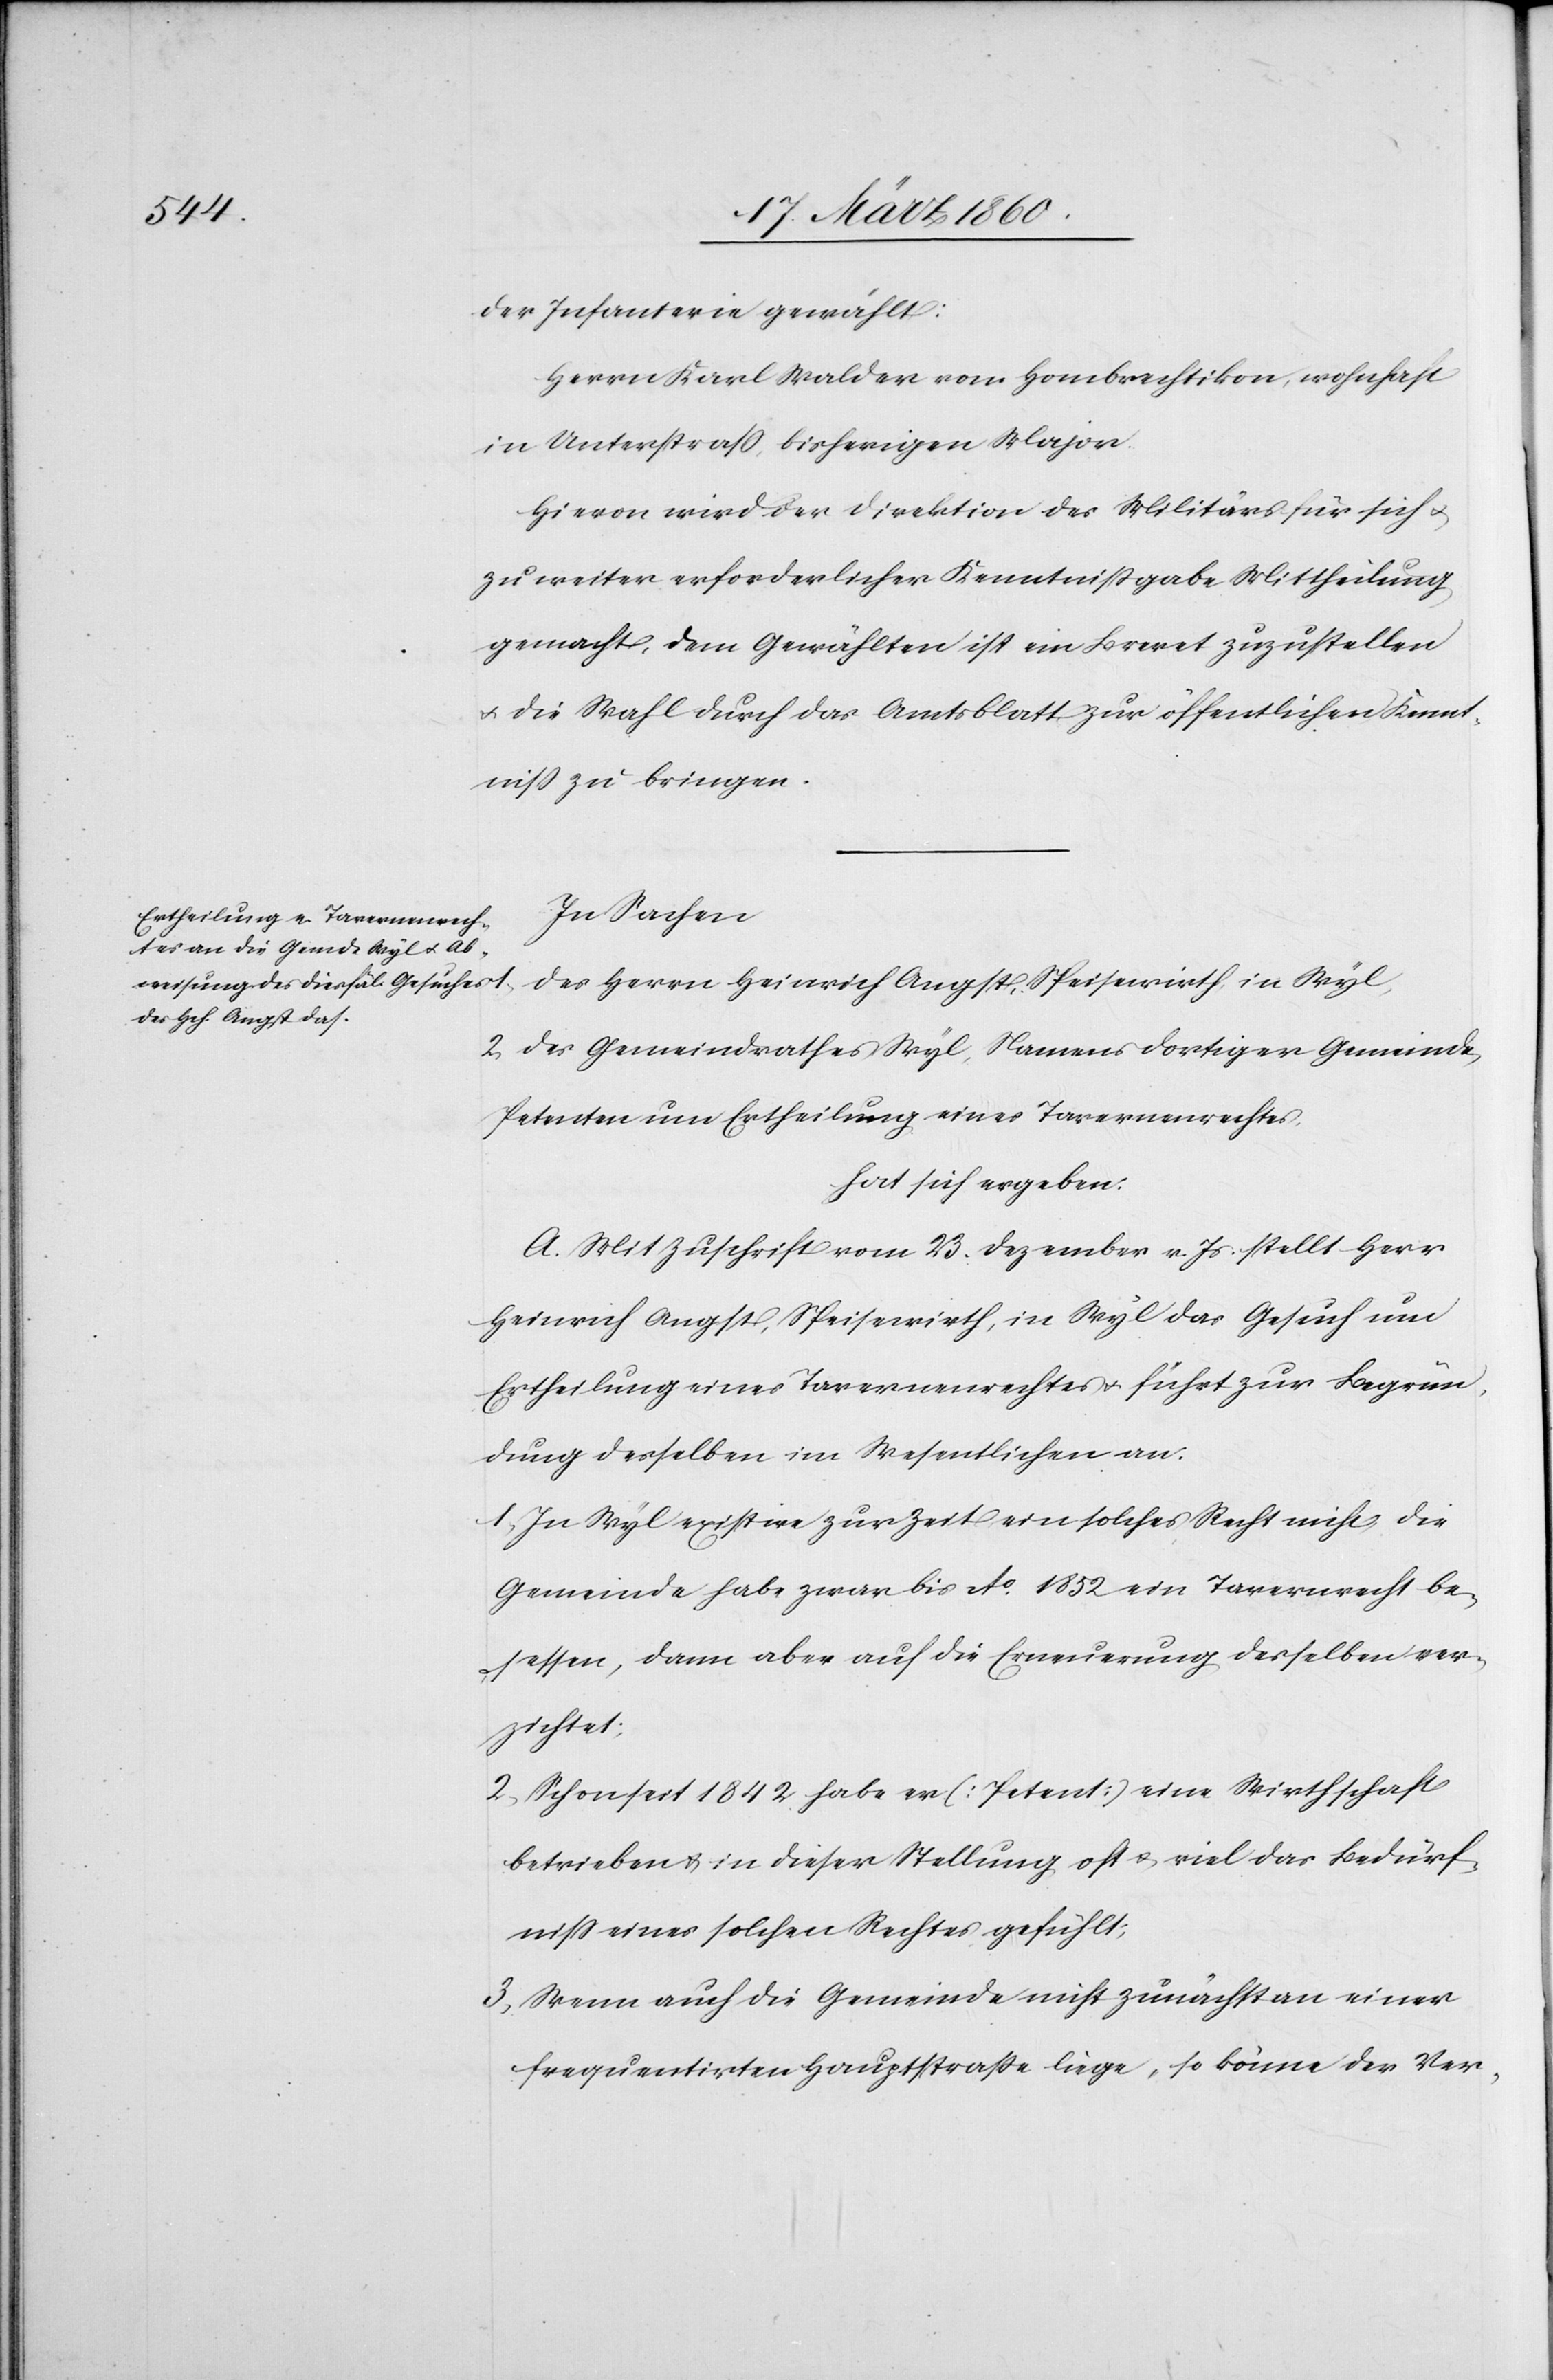
der Infanterie gewählt:
Herrn Karl Walder von Hombrechtikon, wohnhaft
in Unterstrass, bisherigen Major.
Hievon wird der Direktion des Militärs für sich u.
zu weiter erforderlicher Kenntnissgabe Mittheilung
gemacht, dem Gewählten ist ein Brevet zuzustellen
u. die Wahl durch das Amtsblatt zur öffentlichen Kennt¬
niss zu bringen.
In Sachen
des Herrn Heinrich Angst, Speisewirth in Wyl,
2. des Gemeindrathes Wyl, Namens dortiger Gemeinde,
Petenten um Ertheilung eines Tavernerechtes,
hat sich ergeben:
A. Mit Zuschrift vom 23. Dezember v. Js. stellt Herr
Heinrich Angst, Speisewirth, in Wyl das Gesuch um
Ertheilung eines Tavernenrechtes u. führt zur Begrün¬
ung desselben im Wesentlichen an.
1. In Wyl existire zur Zeit ein solches Recht nicht, die
Gemeinde habe zwar bis Ao 1852 ein Tavernerecht be¬
sessen, dann aber auf die Erneuerung desselben ver¬
zichtet:
2. Schon seit 1842 habe er [Petent] eine Wirthschaft
betreiben u. in dieser Stellung oft u. viel das Bedürf¬
niss eines solches Rechtes gefühlt;
3. Wenn auch die Gemeinde nicht zunächst an einer
frequentirten Hauptstrasse liege, so könne der Ver-